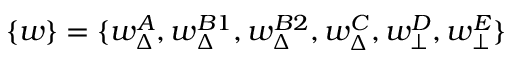
\{ w \} = \{ w _ { \Delta } ^ { A } , w _ { \Delta } ^ { B 1 } , w _ { \Delta } ^ { B 2 } , w _ { \Delta } ^ { C } , w _ { \bot } ^ { D } , w _ { \bot } ^ { E } \}